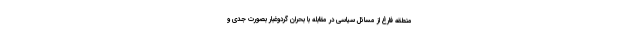
منطقه فارغ از مسائل سیاسی در مقابله با بحران گردوغبار بصورت جدی و